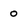
Character: 0